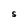
Character: S